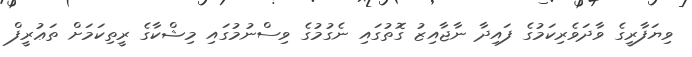
ވިޔަފާރީގެ ވާދަވެރިކަމުގެ ފައިދާ ނާޖާއިޒު ގޮތުގައި ނެގުމުގެ ވިސްނުމުގައި މިޝްކާގެ ރީތިކަމަށް ތަޢުރީފް